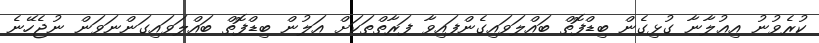
ކުރެވުނު އިޢުލާނާ ގުޅިގެން ބިޑްފޮތް ބައްލަވައިގެންފައިވާ ފަރާތްތަކަށް އަލުން ބިޑްފޮތް ބައްލަވައިގަންނަވަން ނުޖެހޭނެ